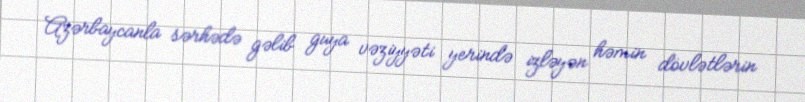
Azərbaycanla sərhədə gəlib guya vəziyyəti yerində izləyən həmin dövlətlərin